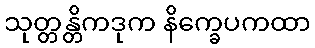
သုတ္တန္တိကဒုက နိက္ခေပကထာ